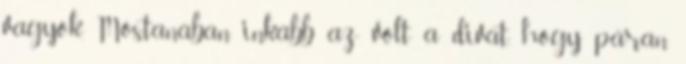
vagyok. Mostanában inkább az volt a divat, hogy páran